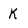
Character: k